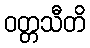
ဝတ္တသီတိ